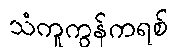
သံကူကွန်ကရစ်